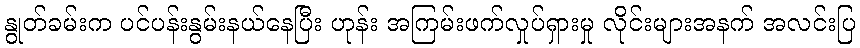
နွုတ်ခမ်းက ပင်ပန်းနွမ်းနယ်နေပြီး ဟုန်း အကြမ်းဖက်လှုပ်ရှားမှု လိုင်းများအနက် အလင်းပြ